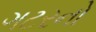
ગટરનો